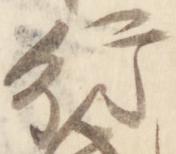
行